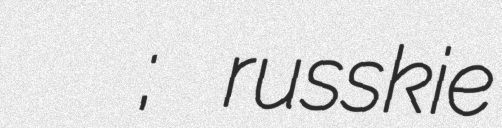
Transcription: Русские в Азербайджане; russkie